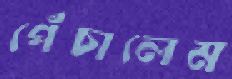
পেঁচালেম